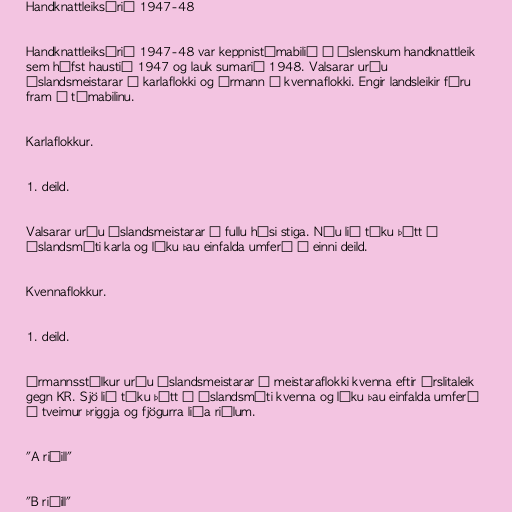
Handknattleiksárið 1947-48

Handknattleiksárið 1947-48 var keppnistímabilið í íslenskum handknattleik
sem hófst haustið 1947 og lauk sumarið 1948. Valsarar urðu
Íslandsmeistarar í karlaflokki og Ármann í kvennaflokki. Engir landsleikir fóru
fram á tímabilinu.

Karlaflokkur.

1. deild.

Valsarar urðu Íslandsmeistarar á fullu húsi stiga. Níu lið tóku þátt í
Íslandsmóti karla og léku þau einfalda umferð í einni deild.

Kvennaflokkur.

1. deild.

Ármannsstúlkur urðu Íslandsmeistarar í meistaraflokki kvenna eftir úrslitaleik
gegn KR. Sjö lið tóku þátt í Íslandsmóti kvenna og léku þau einfalda umferð
í tveimur þriggja og fjögurra liða riðlum.

"A riðill"

"B riðill"